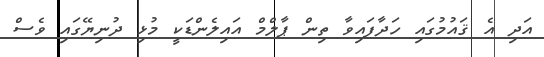
އަދި އެ ޤައުމުގައި ހަދާފައިވާ ތިން ޕާލްމް އައިލެންޑަކީ މުޅި ދުނިޔޭގައި ވެސް